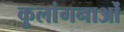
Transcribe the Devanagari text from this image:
कुलांगनाओं